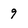
Character: 9